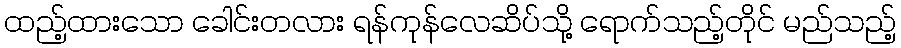
ထည့်ထားသော ခေါင်းတလား ရန်ကုန်လေဆိပ်သို့ ရောက်သည့်တိုင် မည်သည့်